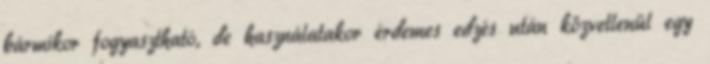
bármikor fogyasztható, de használatakor érdemes edzés után közvetlenül egy